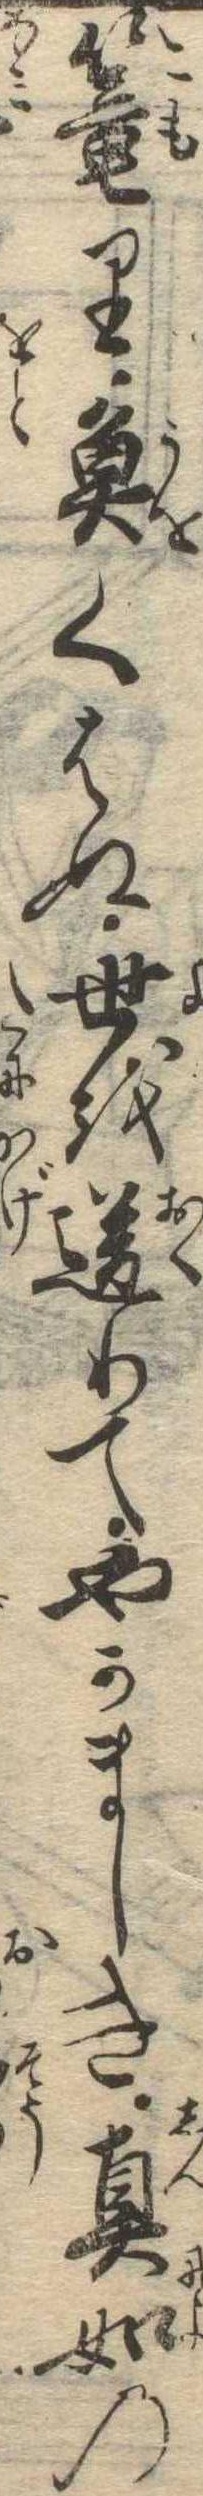
篭り魚くはぬ世を送りてやかましき真如の